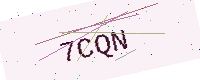
Text: 7CQN